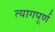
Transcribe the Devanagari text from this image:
त्यागपूर्ण